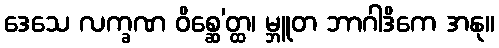
ဒေသေ လက္ခဏ ဝိစ္ဆေ’တ္ထ၊ မ္ဘူတ ဘာဂါဒိကေ အနု။